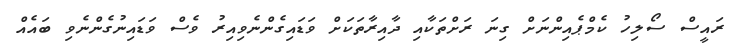
ރައީސް ސޯލިހު ކެމްޕެއިންނަށް ގިނަ ރަށްތަކާއި ދާއިރާތަކަށް ވަޑައިގެންނެވިއިރު ވެސް ވަޑައިނުގެންނެވި ބައެއް